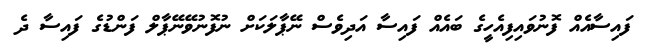
ފައިސާއެއް ފޮނުވައިފިއެހީގެ ބައެއް ފައިސާ އަދިވެސް ނޭޕާލަކަށް ނުފޮނުވޭނޭޕާލް ފަންޑުގެ ފައިސާ ދެ